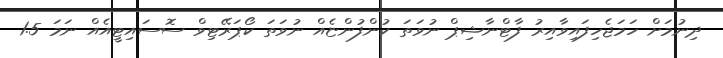
ދިނުމަށް ހަމަޖެހިފައިވާއިރު ފާޓްނާޝިޕް ނުވަތަ ކުންފުންޏެއް ނުވަތަ ކޯޕަރޭޓިވް ސޮސައިޓީއެއް ނަމަ 1.5